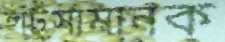
হাঁটুসামানক